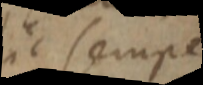
sic semper